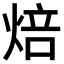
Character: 焙